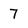
Character: 7